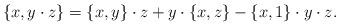
LaTeX: \begin{align*}\{x,y\cdot z\}=\{x,y\}\cdot z + y\cdot \{x,z\}-\{x,1\} \cdot y \cdot z.\end{align*}